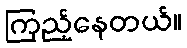
ကြည့်နေတယ်။